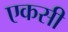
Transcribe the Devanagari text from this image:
एकसी